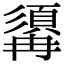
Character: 𩓾